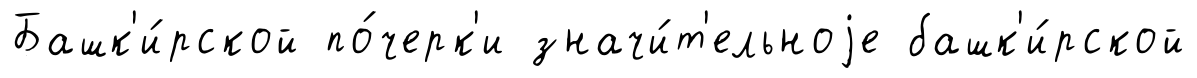
Башк'и́рской по́черк'и значи́т'ельноjе башк'и́рской